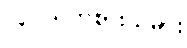
လူငယ်ကစားသမား